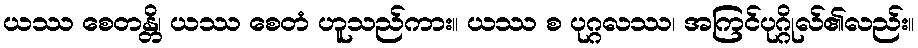
ယဿ စေတန္တိ၊ ယဿ စေတံ ဟူသည်ကား။ ယဿ စ ပုဂ္ဂလဿ၊ အကြင်ပုဂ္ဂိုလ်၏လည်း။